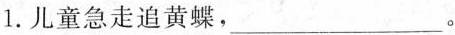
1.儿童急走追黄蝶，___。